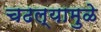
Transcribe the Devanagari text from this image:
चढल्यामुळे